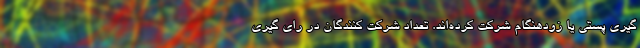
گیری پستی یا زودهنگام شرکت کرده‌اند. تعداد شرکت کنندگان در رای گیری